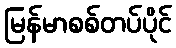
မြန်မာစစ်တပ်ပိုင်